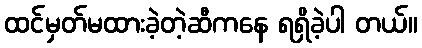
ထင်မှတ်မထားခဲ့တဲ့ဆီကနေ ရရှိခဲ့ပါ တယ်။